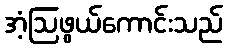
အံ့ဩဖွယ်ကောင်းသည်